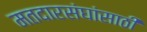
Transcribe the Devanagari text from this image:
मतदारसंघांसाठी